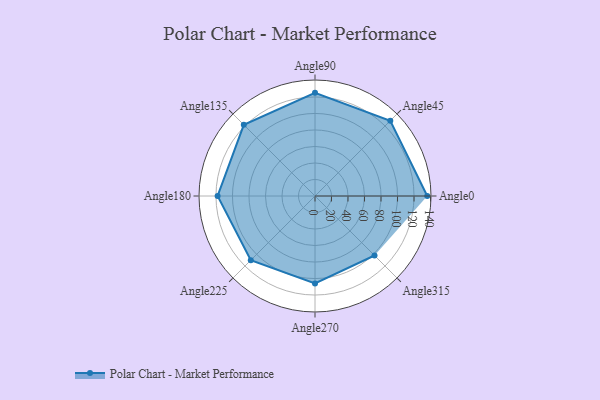
{"axis": {"x": "Angle", "y": "Radius"}, "legend": [""], "data": [{"x": "Angle0", "y": 136.0, "type": ""}, {"x": "Angle45", "y": 129.0, "type": ""}, {"x": "Angle90", "y": 125.0, "type": ""}, {"x": "Angle135", "y": 122.0, "type": ""}, {"x": "Angle180", "y": 118.0, "type": ""}, {"x": "Angle225", "y": 110.0, "type": ""}, {"x": "Angle270", "y": 106.0, "type": ""}, {"x": "Angle315", "y": 102.0, "type": ""}]}